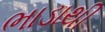
ભાડાથી